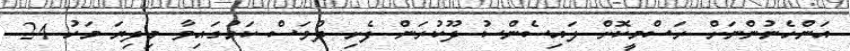
އަންހެނުންނަށް ރަސްމީކޮށް ލައިސެންސު ދޫކުރަން ފެށި ދުވަސް ކަމުގައިވާ މިދިޔަ މަހު 24